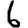
Digit: 6